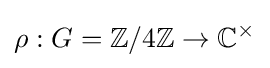
\rho :G=\mathbb {Z} /4\mathbb {Z} \to \mathbb {C} ^{\times }